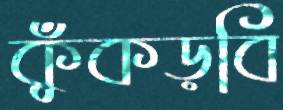
কুঁকড়বি